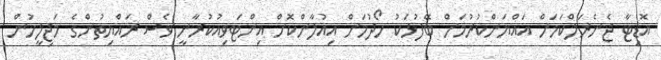
އޮޑިޓާ ޖެނެރަލްކަމަށް އައްޔަންކުރުމަށް ބޭފުޅަކު ހޯދުމަށް އިއުލާންކޮށް އިންޓަވިއުކުރާނީ ވެސް ރައްޔިތުންގެ މަޖިލީހުން